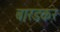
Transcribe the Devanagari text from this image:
बारडकर